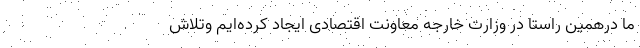
ما درهمین راستا در وزارت خارجه معاونت اقتصادی ایجاد کرده‌ایم وتلاش